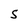
Character: S